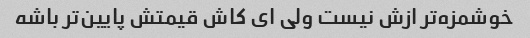
خوشمزه‌تر ازش نیست ولی ای کاش قیمتش پایین‌تر باشه